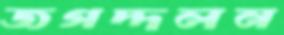
জগদ্দলন